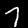
Label: 7